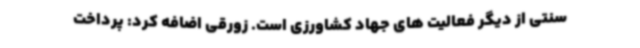
سنتی از دیگر فعالیت های جهاد کشاورزی است. زورقی اضافه کرد: پرداخت